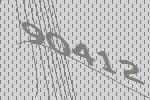
90412